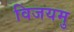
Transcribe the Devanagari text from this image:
विजयमु